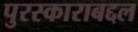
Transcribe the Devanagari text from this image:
पुरस्काराबद्दल